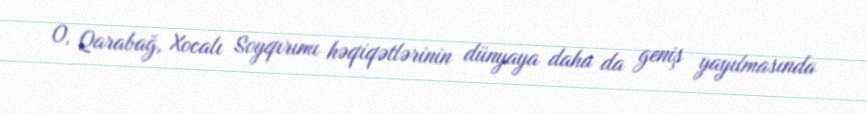
O, Qarabağ, Xocalı Soyqırımı həqiqətlərinin dünyaya daha da geniş yayılmasında